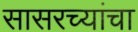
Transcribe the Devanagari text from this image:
सासरच्यांचा